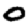
Digit: 0